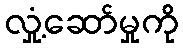
လှုံ့ဆော်မှုကို